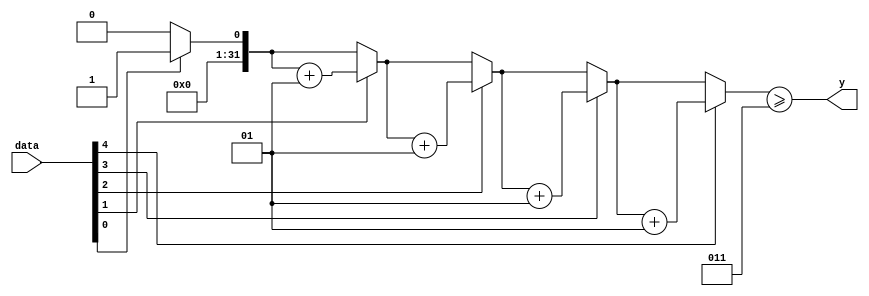
module majority(data, y);
	parameter N = 5;	// bit size
	parameter Majority = 3;	// majority
	input [N-1:0] data;
	output y;
	reg y;
	integer count, k;
	
	always @(*) begin
		// count 1's
		count = 0;
		for (k=0; k < N; k = k+1) begin
			if (data[k]==1'b1) count = count + 1;
		end
		// determine y
		y = (count >= Majority);
	end
endmodule